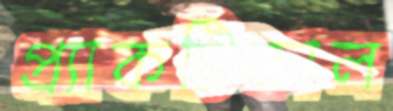
প্র্যাকটিকাল